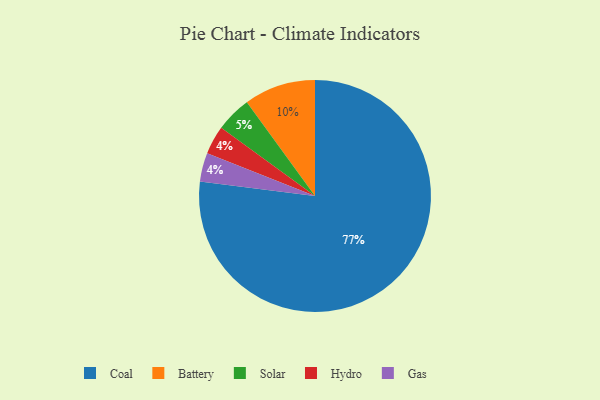
{"axis": {"x": "Category", "y": "Percentage"}, "legend": ["Battery", "Coal", "Gas", "Hydro", "Solar"], "data": [{"x": "Hydro", "y": 4, "type": "Hydro"}, {"x": "Gas", "y": 4, "type": "Gas"}, {"x": "Solar", "y": 5, "type": "Solar"}, {"x": "Coal", "y": 77, "type": "Coal"}, {"x": "Battery", "y": 10, "type": "Battery"}]}